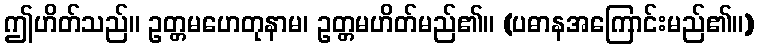
ဤဟိတ်သည်။ ဥတ္တမဟေတုနာမ၊ ဥတ္တမဟိတ်မည်၏။ (ပဓာနအကြောင်းမည်၏။)